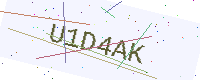
Text: U1D4AK